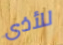
للأذى